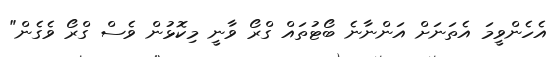
އެހެންވީމަ އެތަނަށް އަންނާނެ ބޯޓުތައް ގްރޯ ވާނީ މިކޮޅުން ވެސް ގްރޯ ވެގެން"